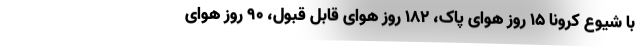
با شیوع کرونا ۱۵ روز هوای پاک، ۱۸۲ روز هوای قابل قبول، ۹۰‌ روز هوای